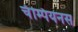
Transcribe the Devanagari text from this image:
चॅम्पियनस